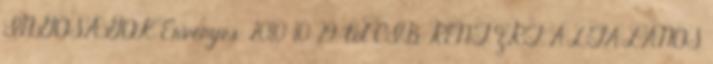
INGÓSÁGOK Érvényes: 2010. 10. 29-től CIB RENT ZRT. ÁLTALÁNOS